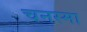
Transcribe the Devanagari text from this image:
चनस्मा